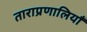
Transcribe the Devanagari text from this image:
ताराप्रणालियाँ